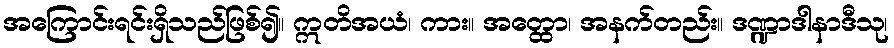
အကြောင်းရင်းရှိသည်ဖြစ်၍။ ဣတိအယံ၊ ကား။ အတ္ထော၊ အနက်တည်း။ ဒဏ္ဍာဒါနာဒီသု၊